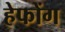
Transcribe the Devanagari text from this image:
हेफोंग